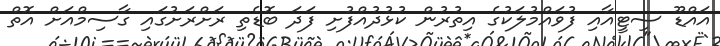
އައްޑޫ ސިޓީއާއި ފުވައްމުލަކުގެ އިތުރުން ކުޅުދުއްފުށި ފަދަ ބޮޑެތި ރަށްރަށުގައި ގާސިމްއަށް އޮތް